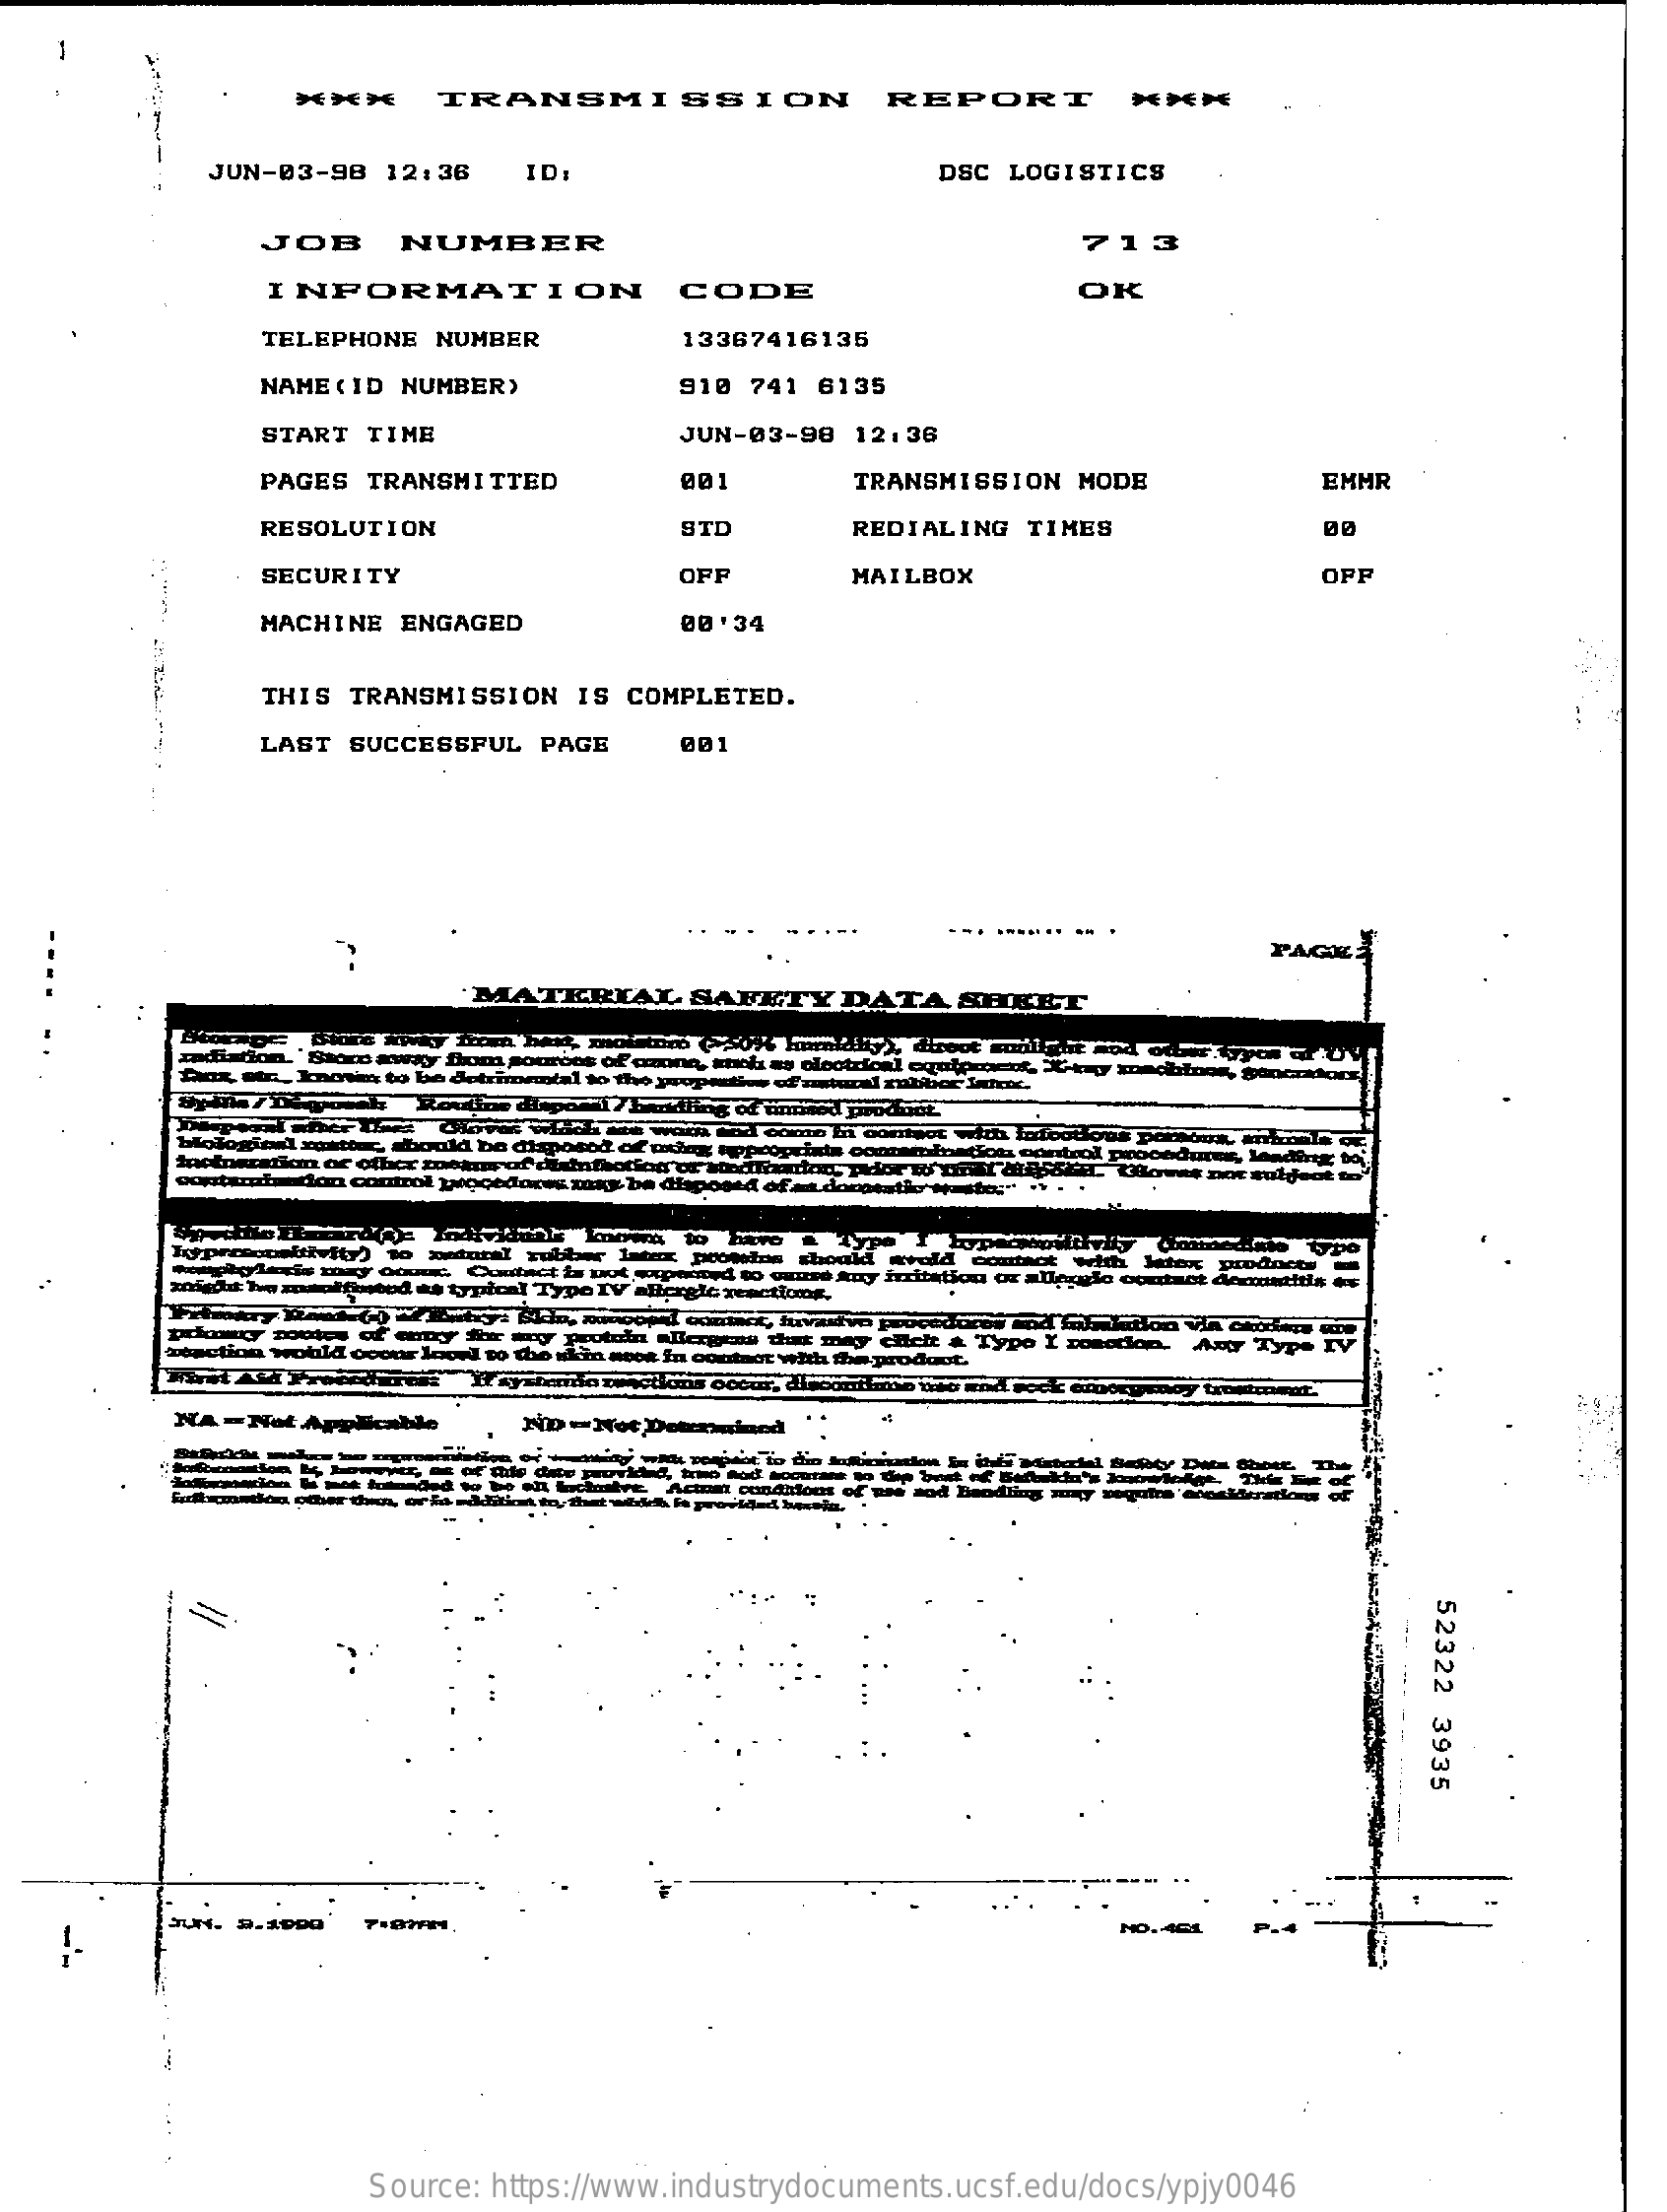
-
     ****    TRANSMISSION    REPORT    ***  *
     JUN-03-98  12:36    ID:    DSC LOGISTICS
     JOB    NUMBER    713
     INFORMATION    CODE    OK
     TELEPHONE  NUMBER    13367416135
     NAME ( ID NUMBER)    910 741 6135
     START  TIME    JUN-03-98 12:36
     PAGES TRANSMITTED    TRANSMISSION  MODE    EMHR
     RESOLUTION    UTD    REDIALING  TIMES
     SECURITY    OFF    MAILBOX    OFF
     MACHINE  ENGAGED    00' 34
     THIS TRANSMISSION   IS COMPLETED.
     LAST SUCCESSFUL  PAGE    001
     PAGE:
     FETY   DATA   SHEET
     ural mobber Introe.    goncathors
     come in contact with
     ddura
     yplon
     to ouune Auxy irrit
     emotion wobla    oud to the skin meok In contact with the product.
     Any Type
     reactions occur, dicont
     ND - Not
     ot to din Jaktininat
     Actont    mod Bandting muy seguirs ancalderatlere
     52322
     3935
     Source: https://www.industrydocuments.ucsf.edu/docs/ypjy0046